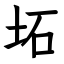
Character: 坧